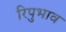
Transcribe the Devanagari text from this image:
रिपुभाव